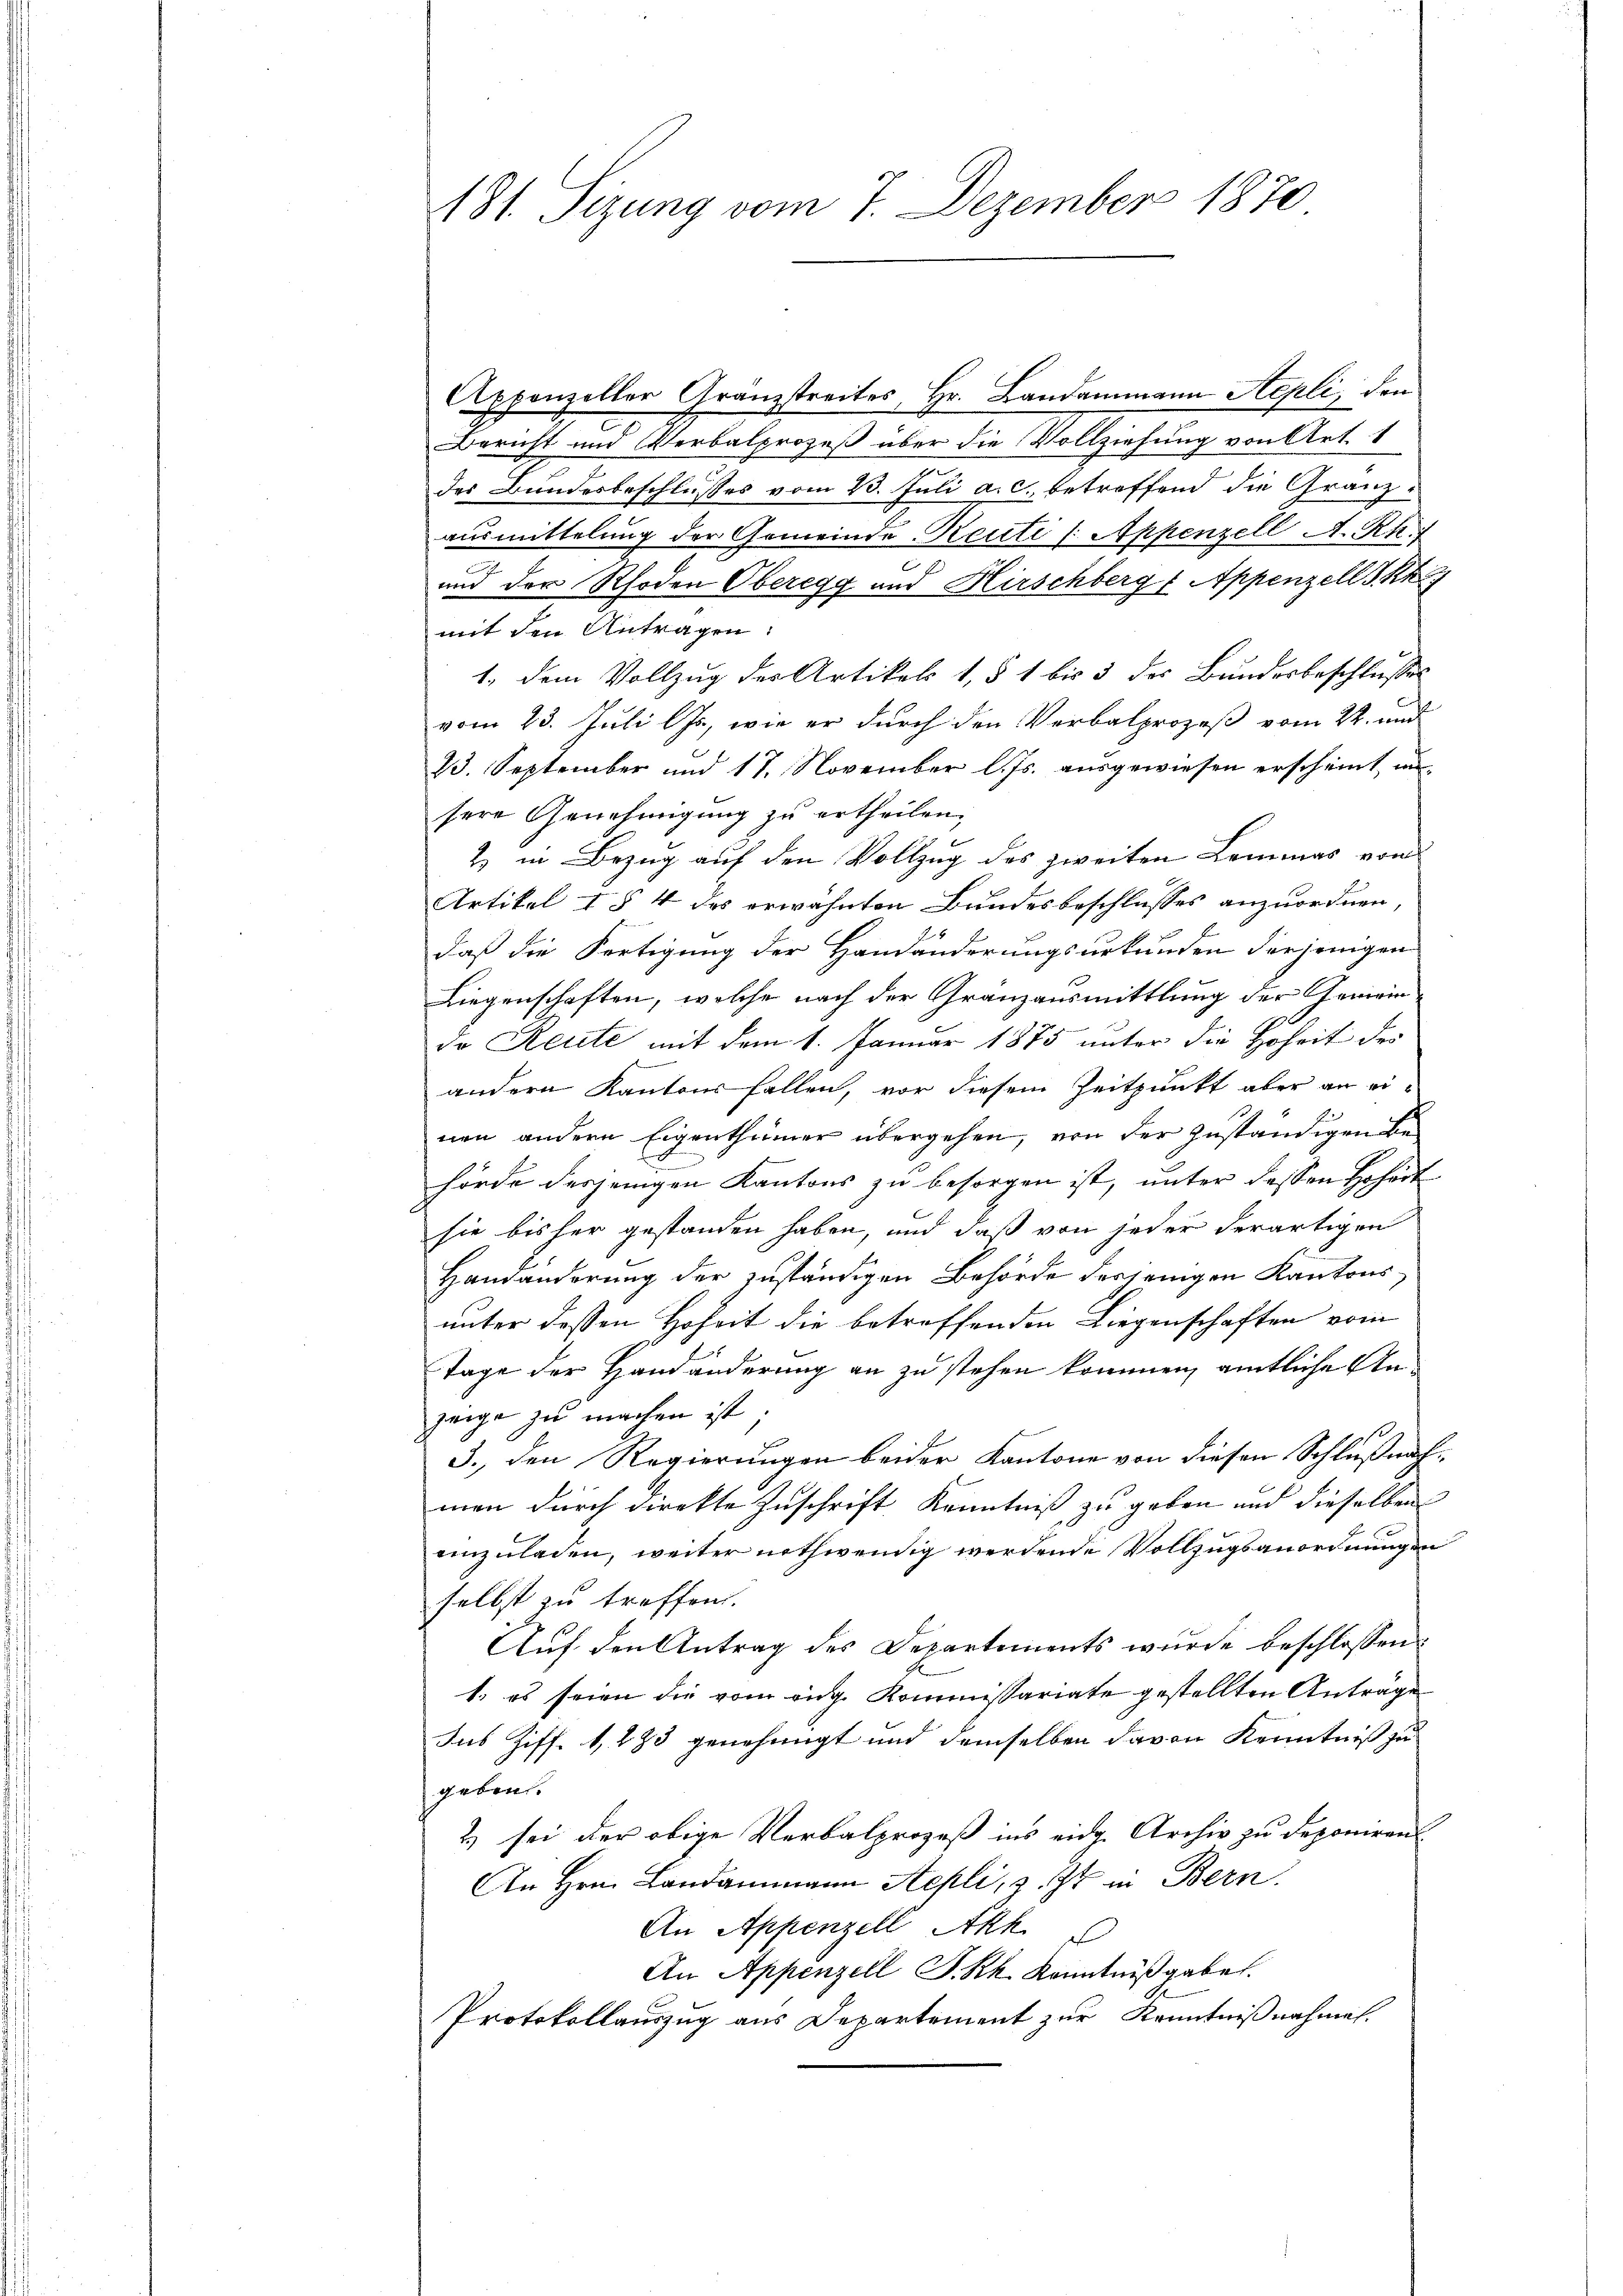
181. Sizung vom 7. Dezember 1870

Appenzeller Gränzstreites Hr. Landammann Stepli, den
Bericht und Verbalprozeß über die Vollziehung von Art. 1
z
des Bundesbeschlusses vom 23. Juli a.c. betreffend die Granzausmittelung der Gemeinde-Reuti (Appenzell A.Rh.
e
und der Rhoden Oberegg und Hirschberg, Appenzell I. K
mit den Antragen:
1. dem Vollzug des Artikels 1, § 1 bis 5 des Bundesbeschlusses
vom 23. Juli lJs., wie er durch den Verbalprozeß vom 22. und
23. September und 17. November l. Js. ausgewiesen erscheint un
sere Genehmigung zu ertheilen.
2) in Bezug auf den Vollzug des zweiten Lemmas von
Artikel I § 4 des erwähnten Bundesbeschlusses anzuordnen,
daß die Fortigung der Handänderungsurkunden derjenigen
Liegenschaften, welche nach der Granzausmittlung der Gemeindo Reute mit dem 1. Januar 1875 unter die Hoheit des
andern Kantons fallen, vor diesem Zeitpunkt aber an einen andern Eigenthümer übergehen, von der zuständigen Behörde desjenigen Kantons zu besorgen ist, unter dessen Hoheit
sie bisher gestanden haben, und daß von jeder derartigen
Handänderung der zuständigen Behörde derjenigen Kantonsunter dessen Hoheit die betroffenden Liegenschaften vom
Tage der Handänderung an zu stehen kommen, amtliche Anzeige zu machen ist.
3., den Regierungen beider Kantone von diesen Schlußnahmen durch direkte Zuschrift, Kenntniß zu geben und dieselben
einzuladen, weiter nothwendig werdende Vollzugsanordnungen
selbst zu treffen.
Auf den Antrag des Departements wurde beschlossen:
1. es seien die vom eidg. Kommissariate gestellten Anträge
sus Ziff. 1,883 genehmigt und demselben davon Kenntniß zu
geben.
2) sei der obige Verbalprozeß ins eidg. Archiv zu deponiren
An Hrn. Landammann Ackli, z. Zt. in Bern.
An Appenzell Akh.
An Appenzell S. Rh. Kenntniß gebet.
Protokollauszug aus Departement zur Kenntnißnahmen.